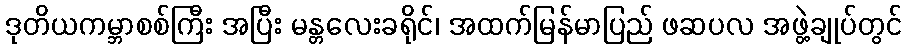
ဒုတိယကမ္ဘာစစ်ကြီး အပြီး မန္တလေးခရိုင်၊ အထက်မြန်မာပြည် ဖဆပလ အဖွဲ့ချုပ်တွင်